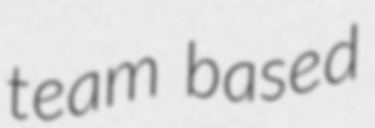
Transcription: team based